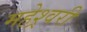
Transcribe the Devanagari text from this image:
महेश्र्वरी